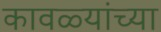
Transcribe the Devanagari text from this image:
कावळ्यांच्या